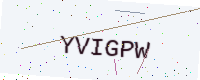
Text: YVIGPW